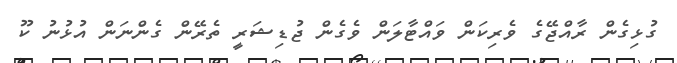
ގުޅިގެން ރާއްޖޭގެ ވެރިކަން ވައްޓާލަން ވެގެން ޖުޑިޝަރީ ތެރޭން ގެންނަން އުޅުނު ކޫ